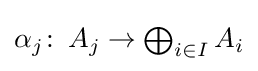
{\textstyle \alpha _{j}\colon \,A_{j}\to \bigoplus _{i\in I}A_{i}}